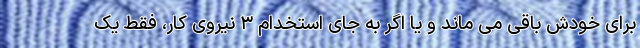
برای خودش باقی می ماند و یا اگر به جای استخدام ۳ نیروی کار، فقط یک